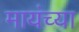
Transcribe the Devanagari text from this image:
मायंच्या